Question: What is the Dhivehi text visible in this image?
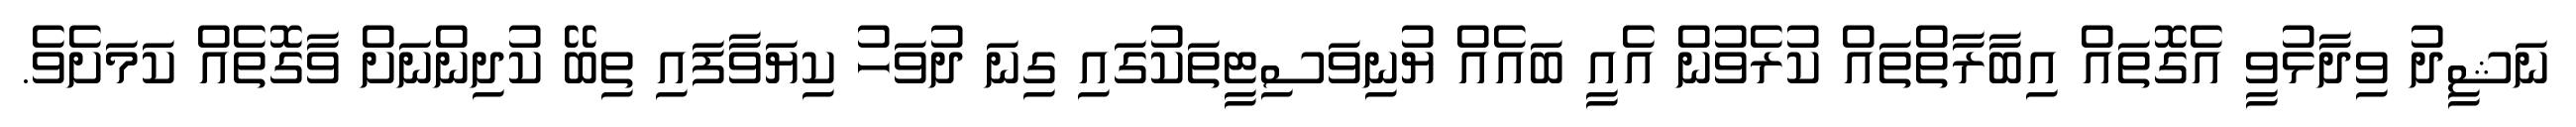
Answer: ނަޝީދު ވިދާޅުވީ އެގޮތައް އިބާރާތްތައް ކުރެވުން އެއީ ބައެއް ޔުނިވަސިޓީތަކުގައި ގިނަ ދުވަހު ކިޔަވާފައި ތިބޭ ކުދިންނަށް ވާގޮތެއް ކަމަށެވެ.